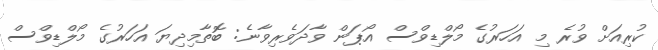
ކުރިއަށް ވުރެ މި އަހަރުގެ މޯލްޑިވްސް އޯޕަން ވާދަވެރިވާނެ: ބޮތާމިދިޔަ އަހަރުގެ މޯލްޑިވްސް